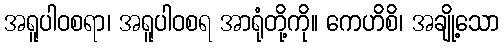
အရူပါဝစရာ၊ အရူပါဝစရ အာရုံတို့ကို။ ကေဟိစိ၊ အချို့သော